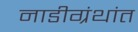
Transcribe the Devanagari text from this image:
नाडीग्रंथांत